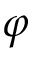
\varphi